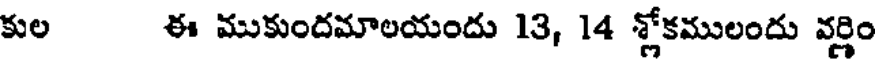
కుల ఈ ముకుందమాలయందు 13, 14 శ్లోకములందు వర్ణిం